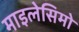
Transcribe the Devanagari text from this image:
माइलेसिमो